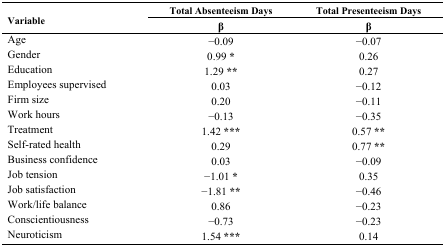
| <ROWSPAN=2> Variable | Total Absenteeism Days | Total Presenteeism Days |
 | β | β |
 | --- | --- | --- |
 | Age | −0.09 | −0.07 |
 | Gender | 0.99 * | 0.26 |
 | Education | 1.29 ** | 0.27 |
 | Employees supervised | 0.03 | −0.12 |
 | Firm size | 0.20 | −0.11 |
 | Work hours | −0.13 | −0.35 |
 | Treatment | 1.42 *** | 0.57 ** |
 | Self-rated health | 0.29 | 0.77 ** |
 | Business confidence | 0.03 | −0.09 |
 | Job tension | −1.01 * | 0.35 |
 | Job satisfaction | −1.81 ** | −0.46 |
 | Work/life balance | 0.86 | −0.23 |
 | Conscientiousness | −0.73 | −0.23 |
 | Neuroticism | 1.54 *** | 0.14 |